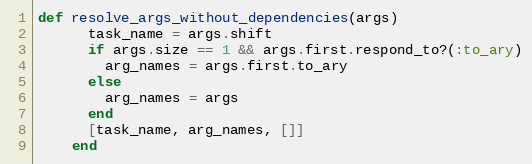
Language: Ruby
def resolve_args_without_dependencies(args)
      task_name = args.shift
      if args.size == 1 && args.first.respond_to?(:to_ary)
        arg_names = args.first.to_ary
      else
        arg_names = args
      end
      [task_name, arg_names, []]
    end